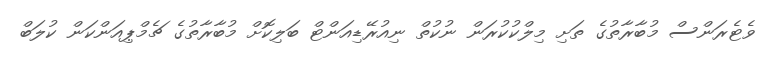
ވެޓެރަންސް މުބާރާތުގެ ތަށި މިލްކުކުރަން ނުކުތް ނިއުރޭޑިއަންޓް ބަލިކޮށް މުބާރާތުގެ ޗެމްޕިއަންކަން ކުލަބް